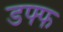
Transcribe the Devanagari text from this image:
डफ्फ